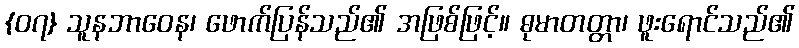
{၀၇} သူနဘာဝေန၊ ဖောက်ပြန်သည်၏ အဖြစ်ဖြင့်။ ဓုမာတတ္တာ၊ ဖူးရောင်သည်၏